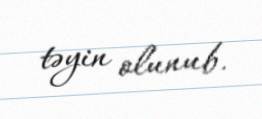
təyin olunub.